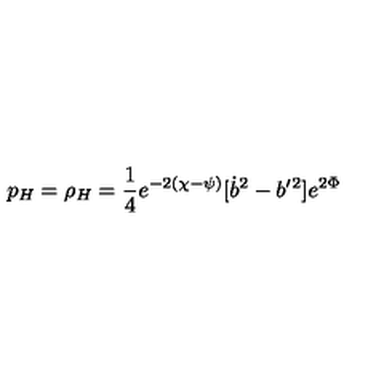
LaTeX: p _ { H } = \rho _ { H } = \frac 1 4 e ^ { - 2 ( \chi - \psi ) } [ \dot { b } ^ { 2 } - b ^ { \prime } { } ^ { 2 } ] e ^ { 2 \Phi }